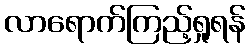
လာရောက်ကြည့်ရှုရန်